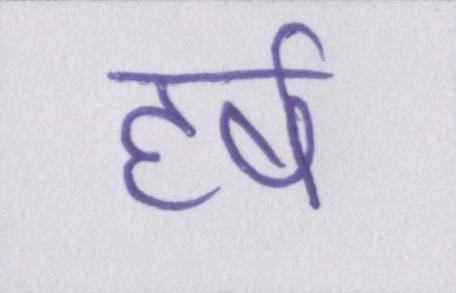
हर्ष